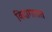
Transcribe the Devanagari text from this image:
विदागारात